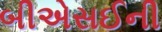
બીએસઈની